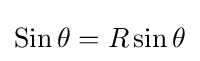
\operatorname {Sin} \theta =R\sin \theta